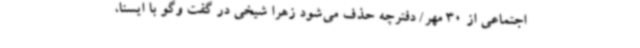
اجتماعی از 30 مهر/ دفترچه حذف می‌شود زهرا شیخی در گفت وگو با ایسنا،